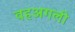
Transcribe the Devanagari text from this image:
वहअगली